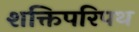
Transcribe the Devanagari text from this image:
शक्तिपरिपथ